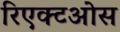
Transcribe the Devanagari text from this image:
रिएक्टओस